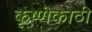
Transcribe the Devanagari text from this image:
कृष्णेकाठी